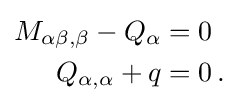
{\begin{aligned}M_{\alpha \beta ,\beta }-Q_{\alpha }&=0\\Q_{\alpha ,\alpha }+q&=0\,.\end{aligned}}